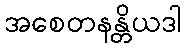
အစေတနန္တိယဒါ